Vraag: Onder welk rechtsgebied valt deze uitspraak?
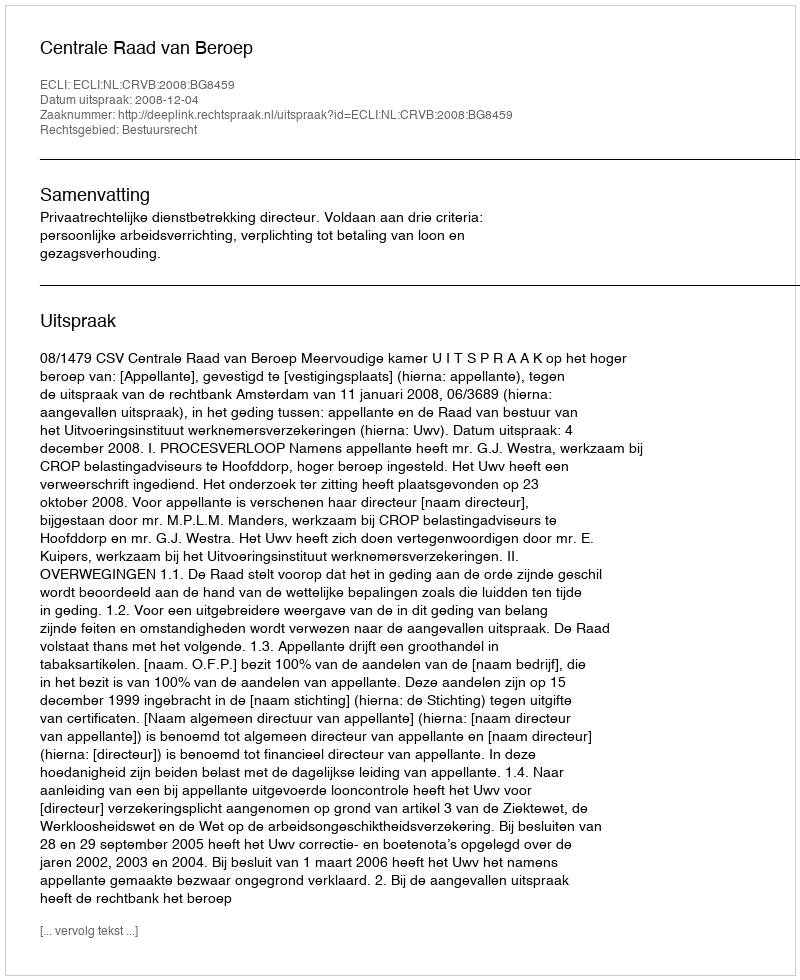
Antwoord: Bestuursrecht